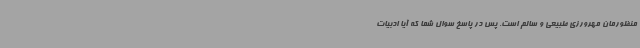
منظورمان مهرورزی طبیعی و سالم است. پس در پاسخ سوال شما که آیا ادبیات